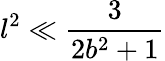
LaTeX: l^{2}\ll\frac{3}{2b^{2}+1}